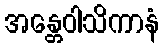
အန္တေဝါသိကာနံ